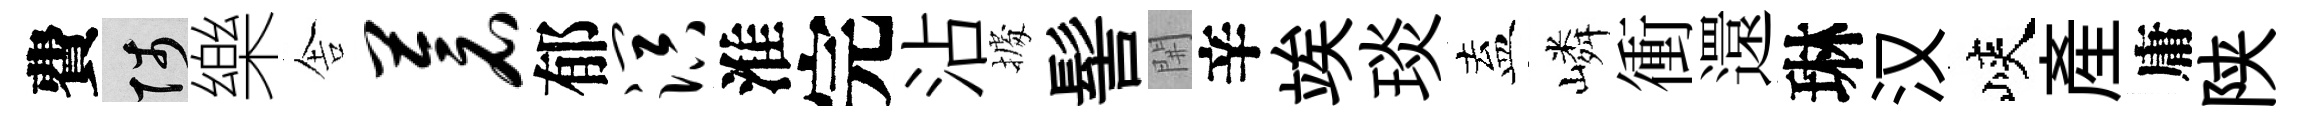
費陟樂舎苍郁溟淮完沾𢴃髻𨳩辛竢琰盍嶙衝還琳汉峽產庸陕